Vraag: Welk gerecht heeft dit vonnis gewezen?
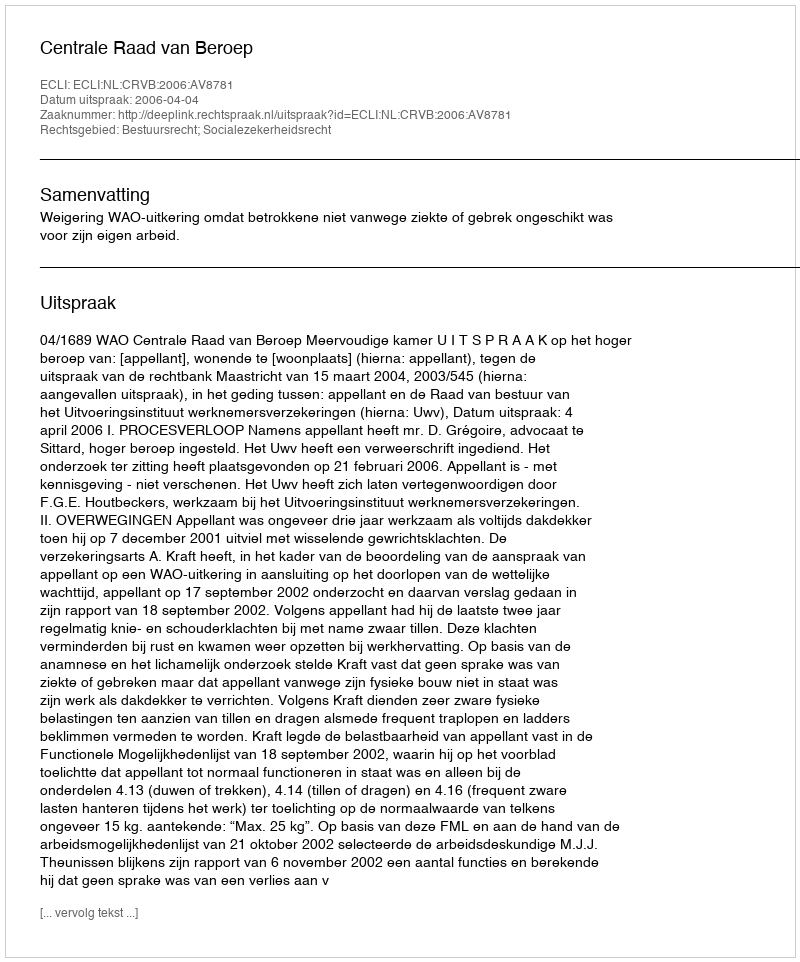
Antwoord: Centrale Raad van Beroep